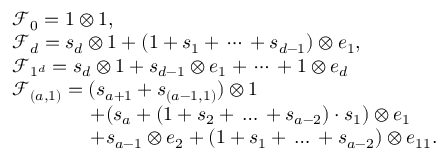
\begin{array} { r l } & { \mathcal { F } _ { 0 } = 1 \otimes 1 , } \\ & { \mathcal { F } _ { d } = s _ { d } \otimes 1 + ( 1 + s _ { 1 } + \, \cdots \, + s _ { d - 1 } ) \otimes e _ { 1 } , } \\ & { \mathcal { F } _ { 1 ^ { d } } = s _ { d } \otimes 1 + s _ { d - 1 } \otimes e _ { 1 } + \, \cdots \, + 1 \otimes e _ { d } } \\ & { \mathcal { F } _ { ( a , 1 ) } = ( s _ { a + 1 } + s _ { ( a - 1 , 1 ) } ) \otimes 1 } \\ & { \qquad \qquad + ( s _ { a } + ( 1 + s _ { 2 } + \, \ldots \, + s _ { a - 2 } ) \cdot s _ { 1 } ) \otimes e _ { 1 } } \\ & { \qquad \qquad + s _ { a - 1 } \otimes e _ { 2 } + ( 1 + s _ { 1 } + \, \ldots \, + s _ { a - 2 } ) \otimes e _ { 1 1 } . } \end{array}